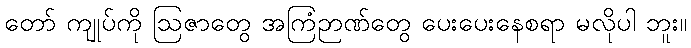
တော် ကျုပ်ကို ဩဇာတွေ အကြံဉာဏ်တွေ ပေးပေးနေစရာ မလိုပါ ဘူး။